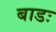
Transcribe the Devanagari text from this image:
बाडः